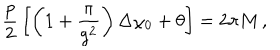
{ \frac { p } { 2 } } \left[ \left( 1 + { \frac { \pi } { g ^ { 2 } } } \right) \Delta \chi _ { 0 } + \theta \right] = 2 \pi M \, ,